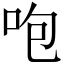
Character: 咆